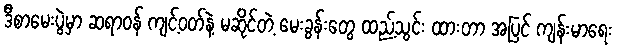
ဒီစာမေးပွဲမှာ ဆရာဝန် ကျင့်ဝတ်နဲ့ မဆိုင်တဲ့ မေးခွန်းတွေ ထည့်သွင်း ထားတာ အပြင် ကျန်းမာရေး